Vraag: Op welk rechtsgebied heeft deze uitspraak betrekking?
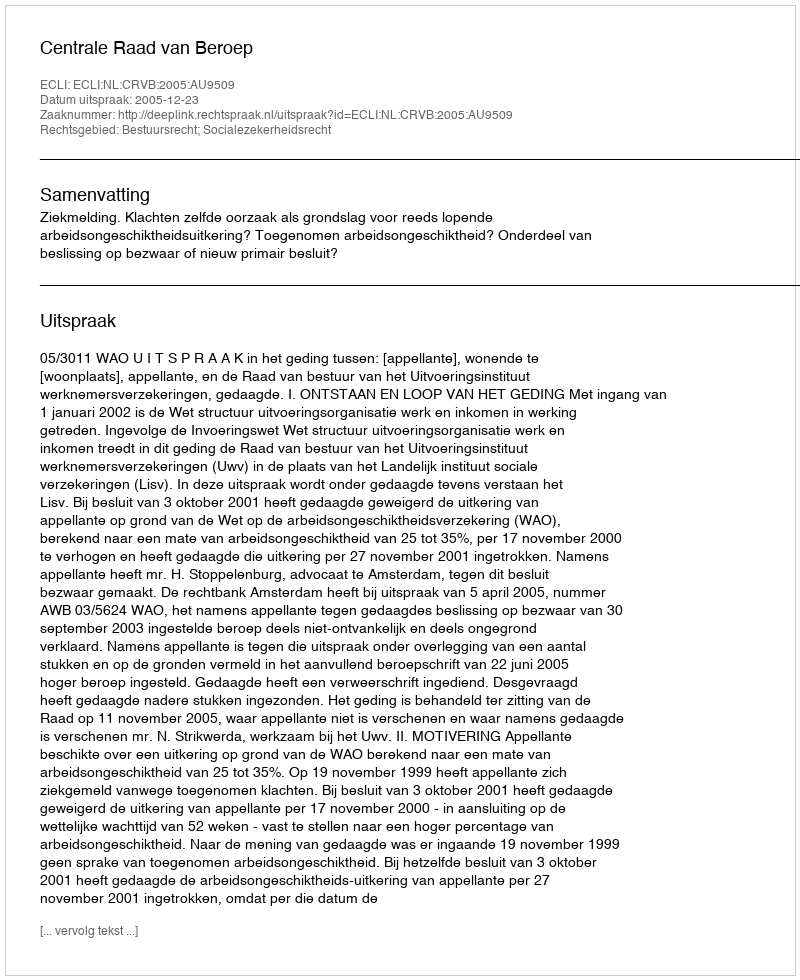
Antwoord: Bestuursrecht; Socialezekerheidsrecht